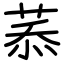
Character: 菾